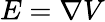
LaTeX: E=\nabla V